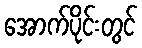
အောက်ပိုင်းတွင်